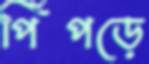
পিঁপড়ে